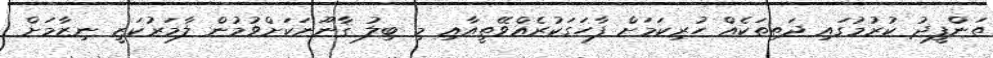
ތަންފީޛު ކުރުމުގައި ދަތިތަކެއް ހުރިކަމަށް ފާހަގަކުރެއްވޭތީއާއި މި ބިލު ޤާނޫނަކަށްވުމުން ލާމަރުކަޒީ ނިޒާމަށް